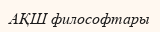
АҚШ философтары